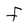
Character: F